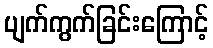
ပျက်ကွက်ခြင်းကြောင့်